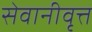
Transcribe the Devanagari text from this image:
सेवानीवृत्त